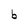
Character: b